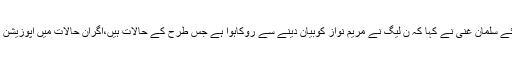
دنیا نیوز کے پروگرام ”تھنک ٹینک“میں گفتگو کرتے ہوئے سلمان غنی نے کہا کہ ن لیگ نے مریم نواز کوبیان دینے سے روکاہوا ہے جس طرح کے حالات ہیں،اگران حالات میں اپوزیشن کودھارے میں رکھا ہوا ہے تو حکومت نے رکھا ہواہے ۔